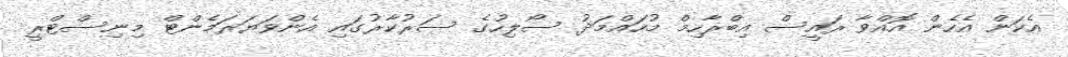
އެކަން އެހެން އޮއްވާ ރައީސް އިބްރާހިމް މުހައްމަދު ސޯލިހުގެ ސަރުކާރުގައި އެންވަޔަރަމެންޓް މިނިސްޓްރީ